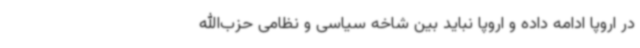
در اروپا ادامه داده و اروپا نباید بین شاخه سیاسی و نظامی حزب‌الله